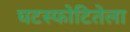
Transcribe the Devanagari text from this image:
घटस्फोटितेला